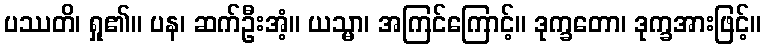
ပဿတိ၊ ရှု၏။ ပန၊ ဆက်ဦးအံ့။ ယသ္မာ၊ အကြင်ကြောင့်။ ဒုက္ခတော၊ ဒုက္ခအားဖြင့်။